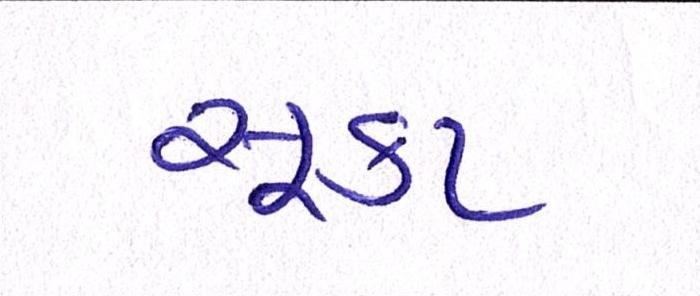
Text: સૂકા